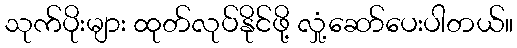
သုက်ပိုးများ ထုတ်လုပ်နိုင်ဖို့ လှုံ့ဆော်ပေးပါတယ်။